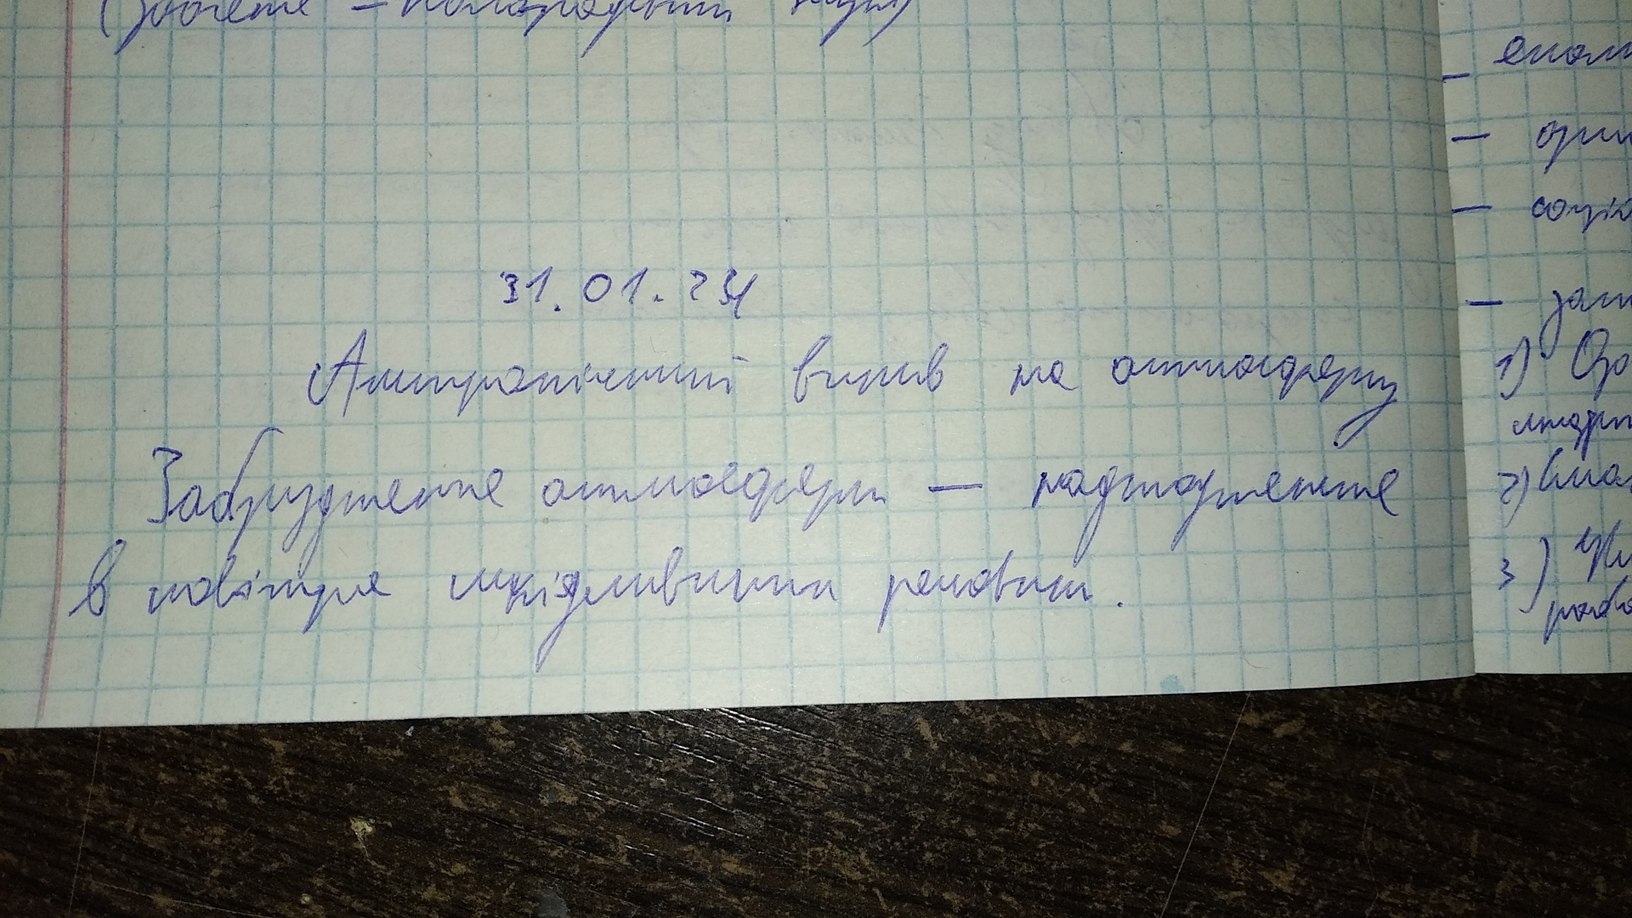
- екол
- ори
- воціо
31.01.24
- зап
Антропогенний вплив на атмосферу
1) озо
Забруднення атмосфери - надходження
2) Сма
3) ув
в повітря шкідливими речовин.